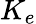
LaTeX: K_{e}